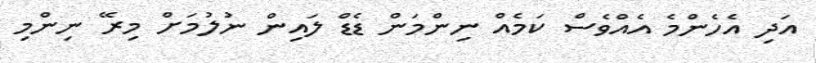
އަދި އެހެންމެ އެއްވެސް ކަމެއް ނިންމަން ޑެޑް ލައިން ނުލުމަށް މިރޭ ނިންމި